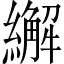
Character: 繲